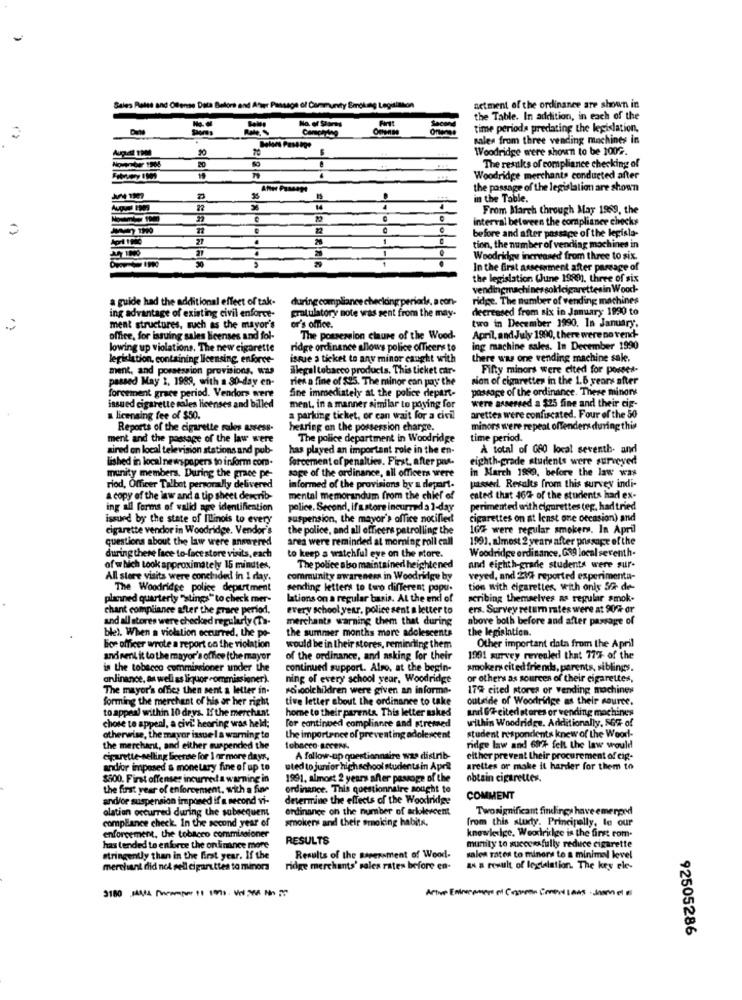
Sales Rates and Offense Data Before and After Passage of Community Smoking Legitimson
actment of the ordinance are shown in
the Table. In addition, in each of the
Me ..
Shores
No. of Stores
time periods predating the legislation.
sales from three vending machines in
Woodridge were shown to be 100G.
The results of compliance checking of
4
Woodridge merchants conducted after
After Passage
the passage of the legislation are shown
in the Table.
From March through May 1989, the
interval betereen the compliance checks
22
27
.
2
before and after passage of the legisla-
.
tion, the number of vending machines in
Woodridge increased from three to six.
In the first assessment after passage of
the legislation (June 1980). three of six
vendingmachines soldcigarettesin Wood-
a guide had the additional effect of tak-
during compliance checking periods, a con-
ridge. The number of vending machines
ing advantage of existing civil enforce-
gratulatory note was sent from the may-
decreased from six in January 1990 to
ment structures, such as the mayor's
or's office.
two in December 1990. In January.
office, for issuing sales licenses and fol-
The possession claure of the Wood-
April, and July 1990, there were no vend-
lowing up violations. The new cigarette
ridge ordinance allows police officers to
ing machine sales. In December 1990
legislation, containing licensing enforce-
issue a ticket to any minor caught with
there was one vending machine sale.
ment, and possession provisions, was
ilegal tobacco products. This ticket car-
Fifty minors were elted for posses-
passed May 2, 1989, with a 30-day en-
ries a fine of $25. The minor can pay the
Non of cigarettes in the 1.6 years after
Sine immediately at the police depart-
passage of the ordinance. These minors
forcement grace period. Vendors were
were assessed a $25 fine and their cig-
issued cigarette sales licenses and billed
ment. in a manner similar to poving for
arettes were confiscated. Four of the 50
licensing fee of $50.
a parking ticket, or can wait for a civil
Reports of the cigarette rules assess-
hearing on the possession charge.
minors were repeat offenders during this
ment and the passage of the law were
The police department in Woodridge
time period.
sired on local television stations and pub-
has played an important role in the en-
A total of G80 local seventh- and
lished in local newspapers to inform com-
forcement of penalties. First, after pas.
eighth-grade students were surveyed
in March 1999, before the law was
munity members. During the grace pe-
soge of the ordinance, all officers were
riod, Officer Talbot personally delivered
informed of the provisions by a depart.
passer. Results from this survey indi-
a copy of the law and a tip sheet dercrib-
mental memorandum from the chief of
cated that 462- of the students had ex-
ing all forms of valid age identification
police. Second, if a store incurred a ]-day
perimented with cigarettes tep, had tried
issued by the state of Illinois to every
suspension, the mayor's office notified
cigarettes on at least one occasion) and
cigarette vendor in Woodridge. Vendor's
the police, and all officers patrolling the
10% were regular smokers. In April
questions about the law were answered
area were reminded at morning roll call
1991. almost 2 years after passage of the
during these face to-face store visits, each
Woodridge ordinance. G39 local seventh-
to keep a watchful eye on the store.
of which took approximately 15 minutes,
The police also maintained heightened
and eighth-grade students were sur-
All store visits were conchided in 1 day.
community awareness in Woodridge by
veyed, and 219 reported experimenta-
The Woodridge police deptrtment
sending letters to two different popu.
tion with cigarettes, with only 5/ de-
planned quarterly "stings" to check mer-
lations on a regular basis. At the end of
scribing themselves as regular smok-
chant compliance after the grace period.
every school year, police sent a letter to
ers. Survey return rates were at 90% or
and all stores were checked regularly (Ta-
merchants warning them that during
above both before and after passage of
ble). When a violation occurred, the po-
the summer months more adolescents
the legislation.
bice officer wrote a report on the violation
would be in their stores, reminding them
Other important data from the April
and nel it to the mayor's office (the mayor
of the ordinance, and asking for their
1931 survey revealed that 77% of the
is the tobacco commissioner under the
continued support. Alro, at the begin-
smokers cited friends, parents, siblings.
anfinance, as well as liquor commissioner).
ning of every school year, Woodridge
or others as sources of their cigarettes,
The mayor's offies then sent a letter in-
schoolchildren were given an informa-
17% cited stores or vending machines
forming the merchant of his or her right
tive letter about the ordinance to take
outside of Woodridge as their source.
to appeal within 10 drys. If the merchant
home to their parents. This letter asked
and Gf- cited stores or vending machines
chose to appeal, a civi" hearing was held;
For continued compliance and stresned
within Woodridge. Additionally, Sofr of
student respondents knew of the Wood-
otherwise, the mayor issue I a warning te
the importance of preventing adolescent
the merchant, and either suspended the
tobacco Becer
nidge law and 60+ felt the law would
cigarette- selling license for \ or more days.
A follow-up questionnaire was distrib-
either prevent their procurement of cip-
andior imposed & monetary fine of up to
ated to junior highschool students in April
arettes or make it harder for them to
$500. Fint offenses incurred a warning in
1991. almost 2 years after passage of the
obtain cigarettes.
the first year of enforcement, with a fine
ordinance. This questionnaire sought to
and/or suspension imponed if a second vi-
determine the effects of the Woodridge
COMMENT
olation occurred during the subsequent
ordinance on the number of arlolevcent
Twosignificant findings have emerged
compliance check. In the second year of
smokers and their smoking habita,
from this study. Principally, le our
enforcement, the tobacco commissioner
RESULTS
munity to successfully reduce cigarette
knowledge. Weodridge is the first rom-
has tended to enforce the onfinance more
stringently than in the first year. If the
Results of the saperement of Wood-
sales rates to minors to a minimal level
merchant did nel pell cigarettes to minora
ridge merchants' sales rates before en-
as a result of legislation. The key ele-
92505286